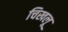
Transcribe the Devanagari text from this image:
चिखलू